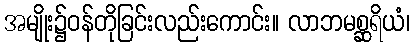
အမျိုး၌ဝန်တိုခြင်းလည်းကောင်း။ လာဘမစ္ဆရိယံ၊